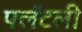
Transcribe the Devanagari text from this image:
फ्लॅटली